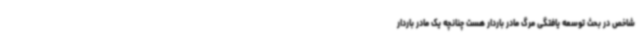
شاخص در بحث توسعه یافتگی مرگ مادر باردار هست چنانچه یک مادر باردار